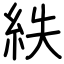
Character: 紩